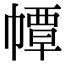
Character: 𢅀